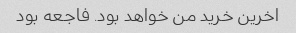
اخرین خرید من خواهد بود. فاجعه بود